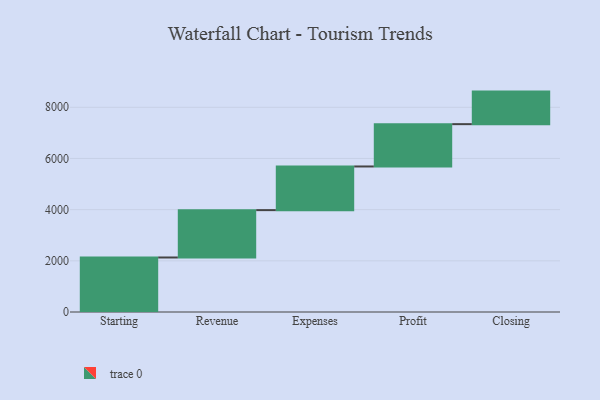
{"axis": {"x": "Step", "y": "Value"}, "legend": [""], "data": [{"x": "Starting", "y": 2130.0, "type": ""}, {"x": "Revenue", "y": 1851.0, "type": ""}, {"x": "Expenses", "y": 1706.0, "type": ""}, {"x": "Profit", "y": 1654.0, "type": ""}, {"x": "Closing", "y": 1272.0, "type": ""}]}